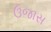
ઉજાસ